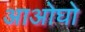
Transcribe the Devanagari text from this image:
आओघो